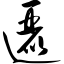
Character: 逦